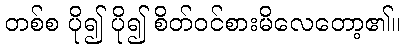
တစ်စ ပို၍ ပို၍ စိတ်ဝင်စားမိလေတော့၏။